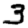
Digit: 3